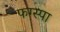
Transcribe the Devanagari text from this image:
फग्स्पा